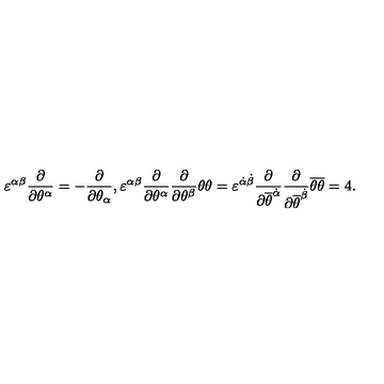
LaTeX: \varepsilon ^ { \alpha \beta } \frac { \partial } { \partial \theta ^ { \alpha } } = - \frac { \partial } { \partial \theta _ { \alpha } } , \varepsilon ^ { \alpha \beta } \frac { \partial } { \partial \theta ^ { \alpha } } \frac { \partial } { \partial \theta ^ { \beta } } \theta \theta = \varepsilon ^ { { \dot { \alpha } } { \dot { \beta } } } \frac { \partial } { \partial { \overline { \theta } } ^ { \dot { \alpha } } } \frac { \partial } { \partial { \overline { \theta } } ^ { \dot { \beta } } } { \overline { \theta } } { \overline { \theta } } = 4 .